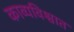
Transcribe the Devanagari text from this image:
काव्यविश्वात